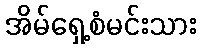
အိမ်ရှေ့စံမင်းသား